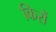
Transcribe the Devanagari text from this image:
किरों